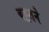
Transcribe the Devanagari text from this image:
बह्र्तने